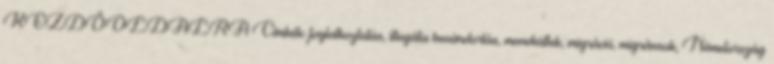
KEZDŐOLDALRA Címkék: foglalkoztatás, illegális bevándorlás, menekültek, migráció, migránsok, Németország